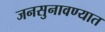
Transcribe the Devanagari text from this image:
जनसुनावण्यात